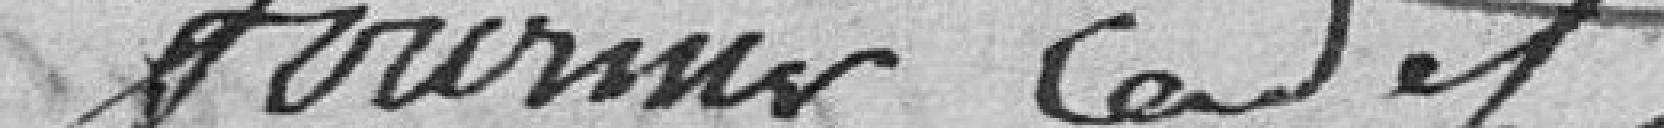
Fournier Cadet